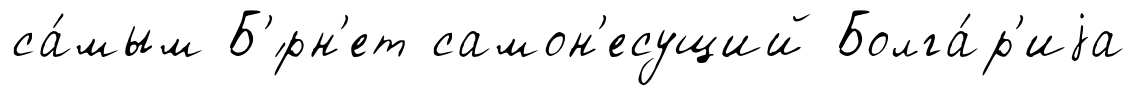
са́мым Б'́рн'ет самон'есущий Болга́р'иjа